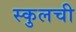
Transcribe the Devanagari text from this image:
स्कुलची